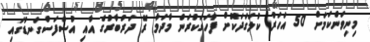
މިނިވަންކަމަށް 50 އަހަރު ކުލަގަދަކޮށް ފާހަގަކުރަން މާދަމާ ރޭ ދަރުބާރުގެ އާއި އުސްފަސްގަނޑުގައި